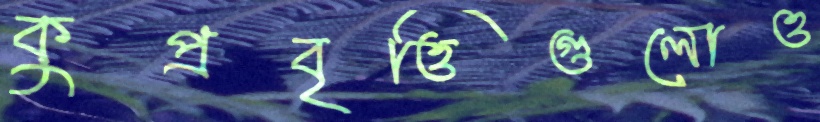
কুপ্রবৃত্তিগুলোও